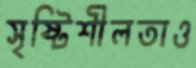
সৃষ্টিশীলতাও